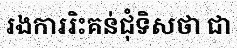
រងការរិះគន់ជុំទិសថា ជា